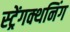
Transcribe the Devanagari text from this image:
स्ट्रेंगक्थनिंग